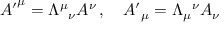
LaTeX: { A ^ { \prime } } ^ { \mu } = \Lambda ^ { \mu } { } _ { \nu } A ^ { \nu } \, , \quad { A ^ { \prime } } _ { \mu } = \Lambda _ { \mu } { } ^ { \nu } A _ { \nu }